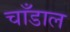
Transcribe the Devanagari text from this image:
चाँडाल